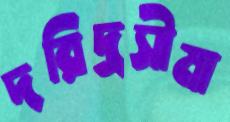
দরিদ্রসীমা